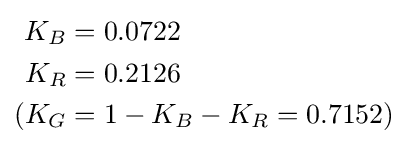
{\begin{aligned}K_{B}&=0.0722\\K_{R}&=0.2126\\(K_{G}&=1-K_{B}-K_{R}=0.7152)\end{aligned}}